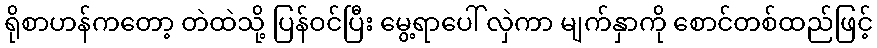
ရိုစာဟန်ကတော့ တဲထဲသို့ ပြန်ဝင်ပြီး မွေ့ရာပေါ် လှဲကာ မျက်နှာကို စောင်တစ်ထည်ဖြင့်